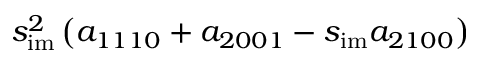
s _ { \mathrm { i m } } ^ { 2 } \left( a _ { 1 1 1 0 } + a _ { 2 0 0 1 } - s _ { \mathrm { i m } } a _ { 2 1 0 0 } \right)